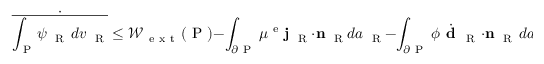
\dot { \overline { { \int _ { \mathrm { ~ P ~ } } \! \psi _ { \mathrm { ~ \tiny ~ R ~ } } \, d v _ { \mathrm { ~ \tiny ~ R ~ } } } } } \le \mathcal { W } _ { \mathrm { ~ e ~ x ~ t ~ } } ( \mathrm { ~ P ~ } ) - \int _ { \partial \mathrm { ~ P ~ } } \mu ^ { \mathrm { ~ e ~ } } { \bf j } _ { \mathrm { ~ \tiny ~ R ~ } } \cdot { \bf n } _ { \mathrm { ~ \tiny ~ R ~ } } d a _ { \mathrm { ~ \tiny ~ R ~ } } - \int _ { \partial \mathrm { ~ P ~ } } \phi \dot { \textbf { d } } _ { \mathrm { ~ R ~ } } \cdot { \bf n } _ { \mathrm { ~ \tiny ~ R ~ } } \, d a _ { \mathrm { ~ \tiny ~ R ~ } } .